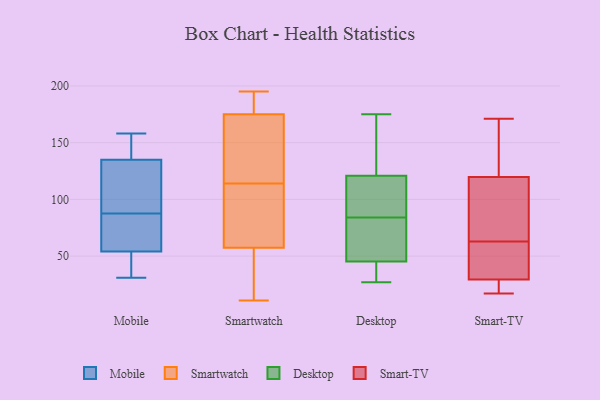
{"axis": {"x": "Inventory Turnover", "y": "Value"}, "legend": ["Desktop", "Mobile", "Smart-TV", "Smartwatch"], "data": [{"x": "", "y": 143, "type": "Mobile"}, {"x": "", "y": 73, "type": "Mobile"}, {"x": "", "y": 97, "type": "Mobile"}, {"x": "", "y": 54, "type": "Mobile"}, {"x": "", "y": 101, "type": "Mobile"}, {"x": "", "y": 78, "type": "Mobile"}, {"x": "", "y": 135, "type": "Mobile"}, {"x": "", "y": 158, "type": "Mobile"}, {"x": "", "y": 53, "type": "Mobile"}, {"x": "", "y": 31, "type": "Mobile"}, {"x": "", "y": 195, "type": "Smartwatch"}, {"x": "", "y": 184, "type": "Smartwatch"}, {"x": "", "y": 36, "type": "Smartwatch"}, {"x": "", "y": 57, "type": "Smartwatch"}, {"x": "", "y": 86, "type": "Smartwatch"}, {"x": "", "y": 170, "type": "Smartwatch"}, {"x": "", "y": 159, "type": "Smartwatch"}, {"x": "", "y": 11, "type": "Smartwatch"}, {"x": "", "y": 79, "type": "Smartwatch"}, {"x": "", "y": 58, "type": "Smartwatch"}, {"x": "", "y": 142, "type": "Smartwatch"}, {"x": "", "y": 180, "type": "Smartwatch"}, {"x": "", "y": 123, "type": "Desktop"}, {"x": "", "y": 47, "type": "Desktop"}, {"x": "", "y": 29, "type": "Desktop"}, {"x": "", "y": 129, "type": "Desktop"}, {"x": "", "y": 110, "type": "Desktop"}, {"x": "", "y": 175, "type": "Desktop"}, {"x": "", "y": 143, "type": "Desktop"}, {"x": "", "y": 36, "type": "Desktop"}, {"x": "", "y": 27, "type": "Desktop"}, {"x": "", "y": 40, "type": "Desktop"}, {"x": "", "y": 98, "type": "Desktop"}, {"x": "", "y": 120, "type": "Desktop"}, {"x": "", "y": 76, "type": "Desktop"}, {"x": "", "y": 120, "type": "Desktop"}, {"x": "", "y": 58, "type": "Desktop"}, {"x": "", "y": 84, "type": "Desktop"}, {"x": "", "y": 78, "type": "Desktop"}, {"x": "", "y": 115, "type": "Smart-TV"}, {"x": "", "y": 45, "type": "Smart-TV"}, {"x": "", "y": 17, "type": "Smart-TV"}, {"x": "", "y": 38, "type": "Smart-TV"}, {"x": "", "y": 17, "type": "Smart-TV"}, {"x": "", "y": 22, "type": "Smart-TV"}, {"x": "", "y": 171, "type": "Smart-TV"}, {"x": "", "y": 63, "type": "Smart-TV"}, {"x": "", "y": 156, "type": "Smart-TV"}, {"x": "", "y": 73, "type": "Smart-TV"}, {"x": "", "y": 134, "type": "Smart-TV"}, {"x": "", "y": 111, "type": "Smart-TV"}, {"x": "", "y": 32, "type": "Smart-TV"}]}